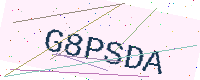
Text: G8PSDA